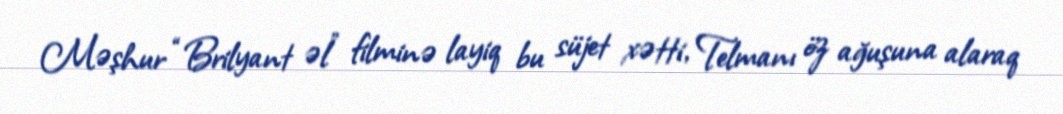
Məşhur “Brilyant əl” filminə layiq bu süjet xətti, Telmanı öz ağuşuna alaraq